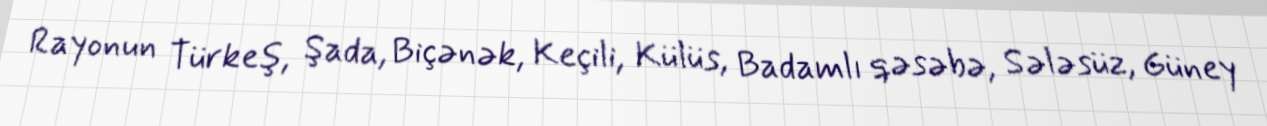
Rayonun Türkeş, Şada, Biçənək, Keçili, Külüs, Badamlı qəsəbə, Sələsüz, Güney